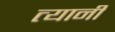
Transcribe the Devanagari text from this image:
त्यानीं